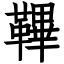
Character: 鞸